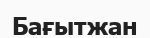
Бағытжан